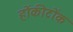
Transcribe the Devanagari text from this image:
होंकीटोंक